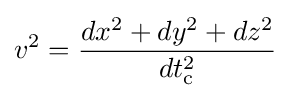
v^{2}={\frac {dx^{2}+dy^{2}+dz^{2}}{dt_{\text{c}}^{2}}}